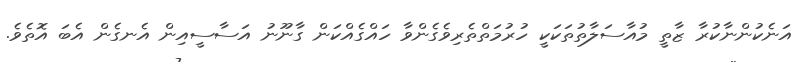
އަނެކުންނާކުރާ ޒާތީ މުއާސަލާތުތަކަކީ ހުރުމަތްތެރިވެގެންވާ ހައްގެއްކަން ގާނޫނު އަސާސީއިން އެނގެން އެބަ އޮތެވެ.